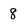
Character: 8